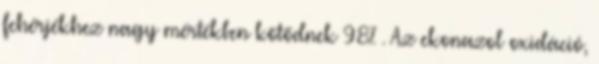
fehérjékhez nagy mértékben kötődnek 98% . Az ekonazol oxidáció,